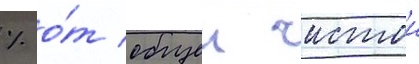
% о́т общеи чистои